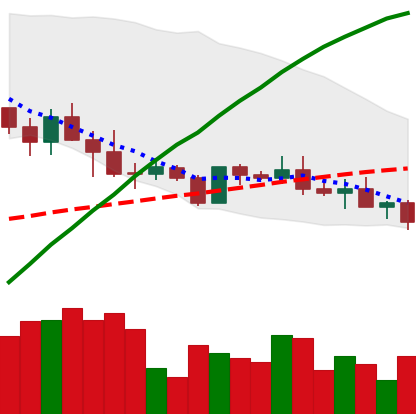
Ticker: ADA-USD
Chart end date: 2019-05-09
Forward return: 36.981%
Label: up_7plus